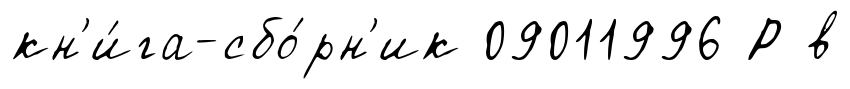
кн'и́га-сбо́рн'ик 09011996 Р в